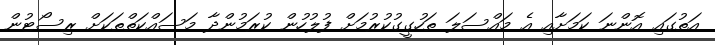
އަތުގައި އޮންނަ ކަމަށާއި އެ މައްސަލަ ތަހުގީގުކުރުމަށް ފުލުހުން ކުރަމުންދާ މަސައްކަތްތަކަށް ރިސޯޓުން